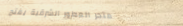
متجر العطور الشرقية يفتح